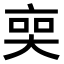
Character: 𠅧